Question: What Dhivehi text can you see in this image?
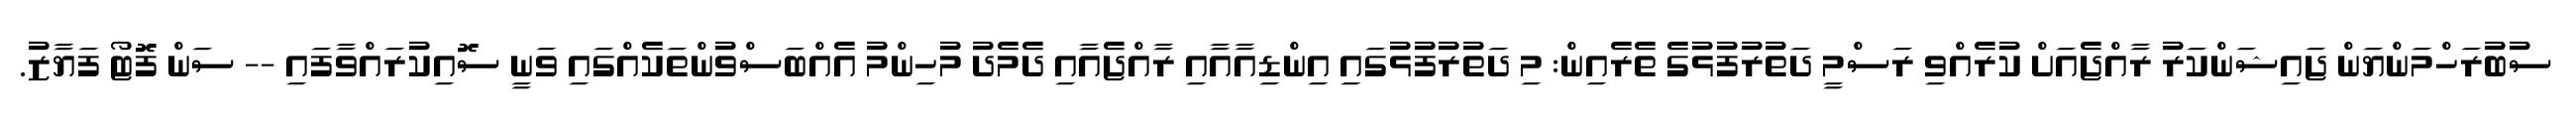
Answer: ސުބުރަހްމަންޔަން ޖައިޝަންކަރު ރާއްޖެއަށް ކުރެއްވި ރަސްމީ ދަތުރުފުޅުގެ ތެރެއިން: މި ދަތުރުފުޅުގައި އިންޑިއާއާއި ރާއްޖެއާއި ދެމެދު މުހިންމު އެއްބަސްވުންތަކެއްގައި ވަނީ ސޮއިކުރައްވާފައި -- ސަން ފޮޓޯ ފަޔާޒު.